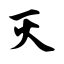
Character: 灭